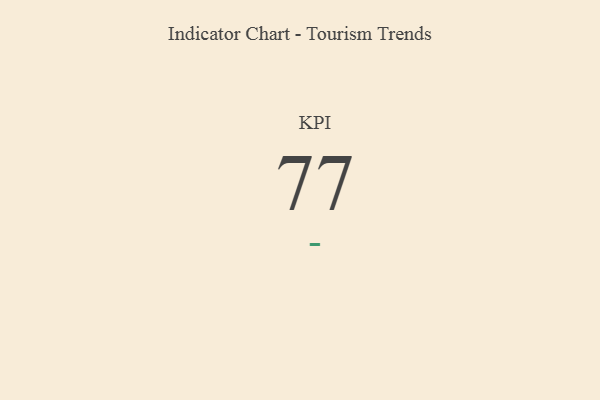
{"axis": {"x": "KPI", "y": "Value"}, "legend": [""], "data": [{"x": "KPI", "y": 77, "type": ""}]}